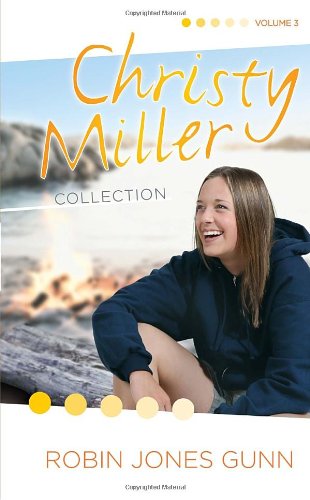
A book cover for The Christy Miller Collection, Vol. 3: True Friends / Starry Night / Seventeen Wishes (Books 7-9); Robin Jones Gunn; Teen & Young Adult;